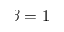
\beta = 1